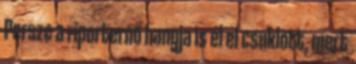
Persze a riporternő hangja is el el csuklott, mert